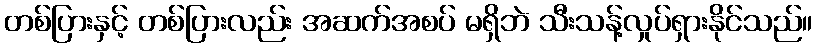
တစ်ပြားနှင့် တစ်ပြားလည်း အဆက်အစပ် မရှိဘဲ သီးသန့်လှုပ်ရှားနိုင်သည်။